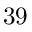
3 9